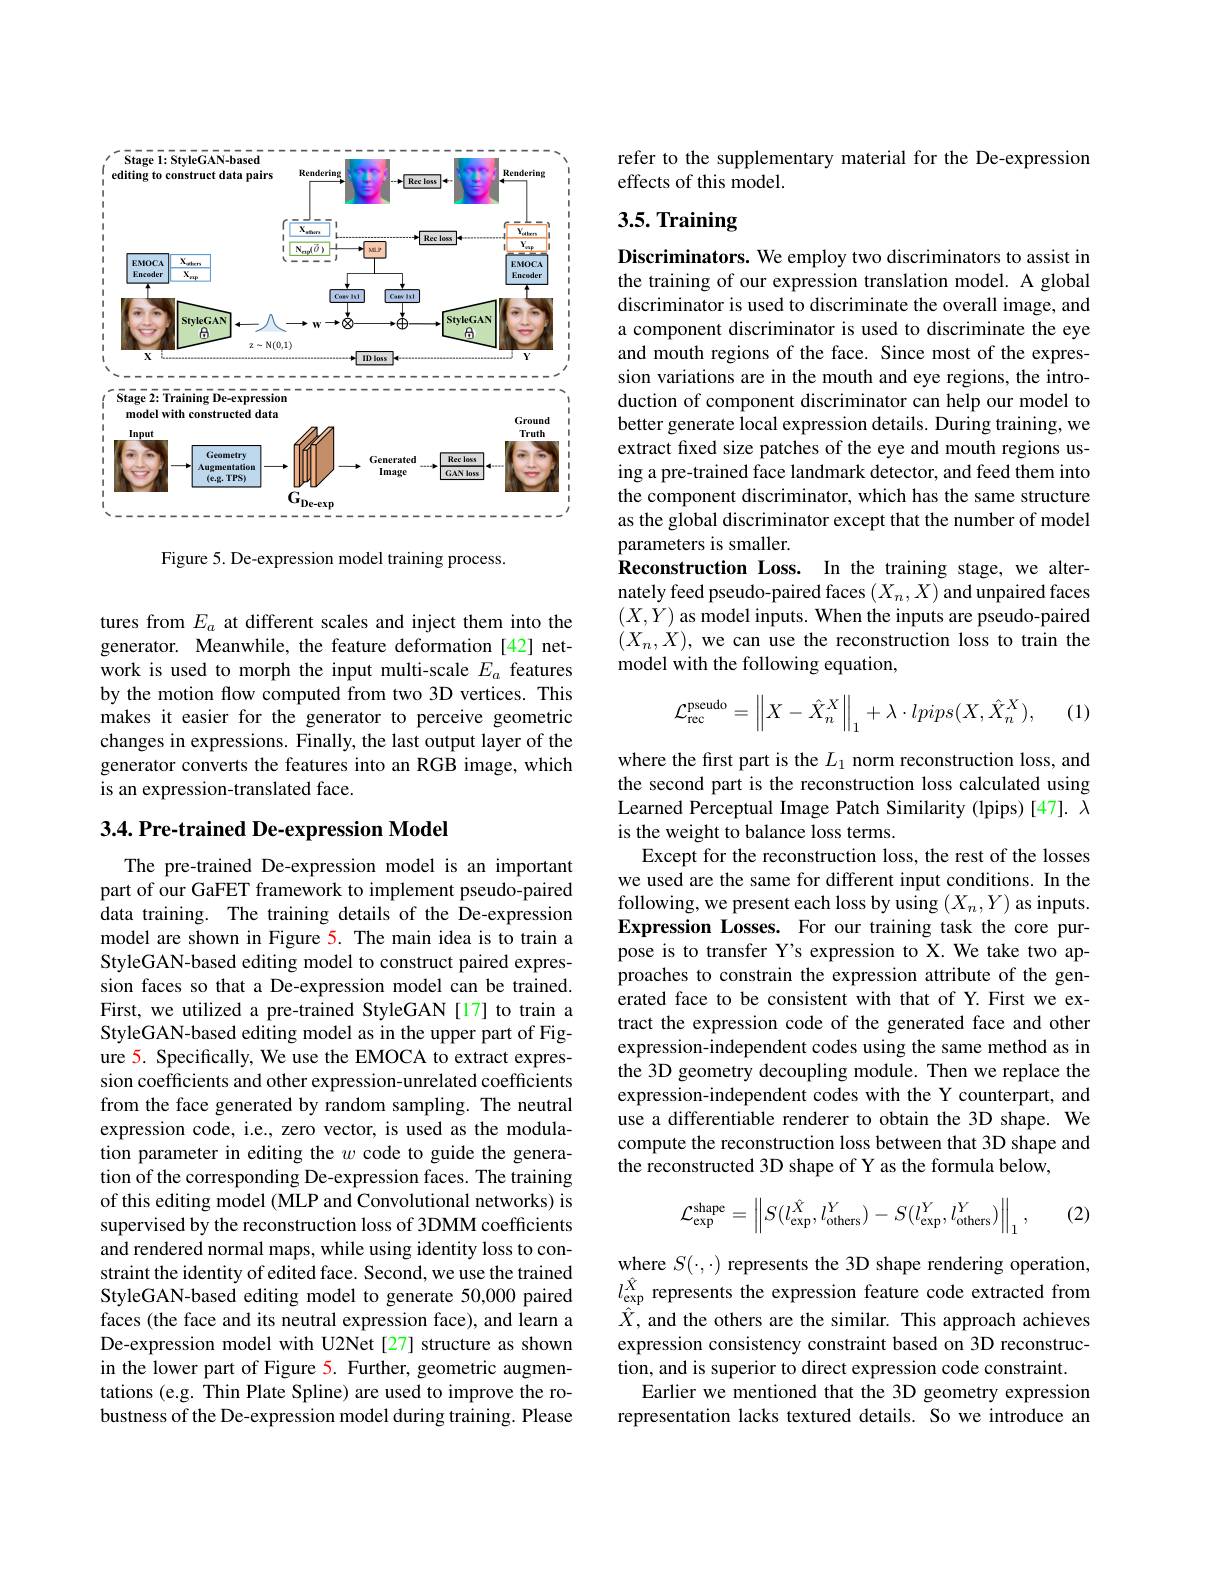
<FigureHere>

Figure 5. De-expression model training process.

tures from $E_a$ at different scales and inject them into the generator. Meanwhile, the feature deformation[42] network is used to morph the input multi-scale $E_a$ features by the motion flow computed from two 3D vertices. This makes it easier for the generator to perceive geometric changes in expressions. Finally, the last output layer of the generator converts the features into an RGB image, which is an expression-translated face.

# 3.4. Pre-trained De-expression Model

The pre-trained De-expression model is an important part of our GaFET framework to implement pseudo-paired data training. The training details of the De-expression model are shown in Figure 5. The main idea is to train a StyleGAN-based editing model to construct paired expression faces so that a De-expression model can be trained. First, we utilized a pre-trained StyleGAN[17] to train a StyleGAN-based editing model as in the upper part of Figure 5. Specifically, We use the EMOCA to extract expression coefficients and other expression-unrelated coefficients from the face generated by random sampling. The neutral expression code, i.e., zero vector, is used as the modulation parameter in editing the $w$ code to guide the generation of the corresponding De-expression faces. The training of this editing model (MLP and Convolutional networks) is supervised by the reconstruction loss of 3DMM coefficients and rendered normal maps, while using identity loss to constraint the identity of edited face. Second, we use the trained StyleGAN-based editing model to generate 50,000 paired faces (the face and its neutral expression face), and learn a De-expression model with U2Net[27] structure as shown in the lower part of Figure 5. Further, geometric augmentations (e.g. Thin Plate Spline) are used to improve the robustness of the De-expression model during training. Please

refer to the supplementary material for the De-expression
effects of this model.

# 3.5. Training

Discriminators. We employ two discriminators to assist in the training of our expression translation model. A global discriminator is used to discriminate the overall image, and a component discriminator is used to discriminate the eye and mouth regions of the face. Since most of the expression variations are in the mouth and eye regions, the introduction of component discriminator can help our model to better generate local expression details. During training, we extract fixed size patches of the eye and mouth regions using a pre-trained face landmark detector, and feed them into the component discriminator, which has the same structure as the global discriminator except that the number of model parameters is smaller.
Reconstruction Loss. In the training stage, we alternately feed pseudo-paired faces $(X_n,X)$ and unpaired faces $(X,\dot{Y})$ as model inputs. When the inputs are pseudo-paired $(X_n,X)$, we can use the reconstruction loss to train the model with the following equation,

(1)
$$\mathcal{L}_{\mathrm{rec}}^{\mathrm{pseudo}}=\left\|X-\hat{X}_{n}^{X}\right\|_{1}+\lambda\cdot lpips(X,\hat{X}_{n}^{X}),$$
where the first part is the $L_1$ norm reconstruction loss, and the second part is the reconstruction loss calculated using Learned Perceptual Image Patch Similarity (lpips)[47]. $\lambda$ is the weight to balance loss terms.
Except for the reconstruction loss, the rest of the losses we used are the same for different input conditions. In the following, we present each loss by using $(X_n,Y)$ as inputs. Expression Losses. For our training task the core purpose is to transfer Y's expression to X. We take two approaches to constrain the expression attribute of the generated face to be consistent with that of Y. First we extract the expression code of the generated face and other expression-independent codes using the same method as in the 3D geometry decoupling module. Then we replace the expression-independent codes with the Y counterpart, and use a differentiable renderer to obtain the 3D shape. We compute the reconstruction loss between that 3D shape and the reconstructed 3D shape of Y as the formula below,
$$\mathcal{L}_{\exp}^{\mathrm{shape}}=\left\|S(l_{\exp}^{\hat{X}},l_{\mathrm{others}}^{Y})-S(l_{\exp}^{Y},l_{\mathrm{others}}^{Y})\right\|_{1},$$
(2)

where $S(\cdot,\cdot)$ represents the 3D shape rendering operation, $l_{\hat{\mathrm{exp}}}^{\hat{X}}$ represents the expression feature code extracted from $\hat{X}$, and the others are the similar. This approach achieves expression consistency constraint based on 3D reconstruction, and is superior to direct expression code constraint.
Earlier we mentioned that the 3D geometry expression representation lacks textured details. So we introduce an